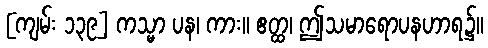
[ကျမ်း ၁၃၉] ကသ္မာ ပန၊ ကား။ ဧတ္ထ၊ ဤသမာရောပနဟာရ၌။